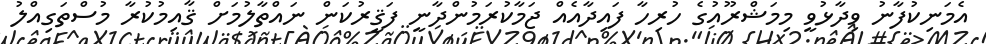
އެމަނިކުފާނު ވިދާޅުވީ މިމަޝްރޫއުގެ ހުރިހާ ފައިދާއެއް ޖަމާކުރަމުންދާނީ ފަޤީރުކަން ނައްތާލުމަށް ޤާއިމުކުރާ މުސްތަގިއްލު